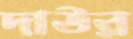
দাউর